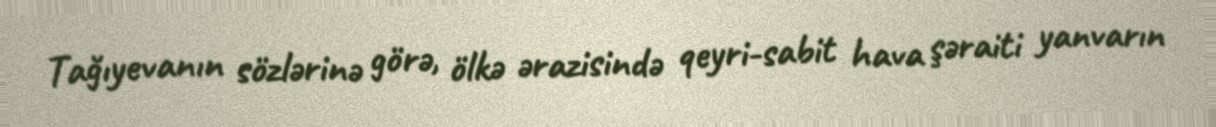
Tağıyevanın sözlərinə görə, ölkə ərazisində qeyri-sabit hava şəraiti yanvarın